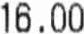
16.00